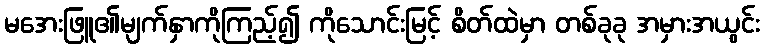
မအေးဖြူ၏မျက်နှာကိုကြည့်၍ ကိုသောင်းမြင့် စိတ်ထဲမှာ တစ်ခုခု အမှားအယွင်း